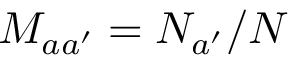
M _ { a a ^ { \prime } } = N _ { a ^ { \prime } } / N